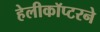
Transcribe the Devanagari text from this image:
हेलीकॉप्टरने